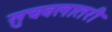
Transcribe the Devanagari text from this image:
सुचवलातरी